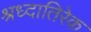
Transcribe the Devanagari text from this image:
श्रध्दातिरेक